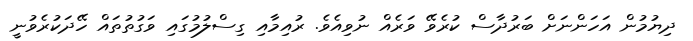
ދިޔުމުން އަހަންނަށް ބަރުދާސް ކުރެވޭ ވަރެއް ނުވިއެވެ. ރުއިމާއި ގިސްލުމުގައި ވަގުތުތައް ހޭދަކުރެވުނީ